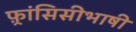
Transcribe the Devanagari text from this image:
फ़्रांसिसीभाषी